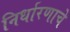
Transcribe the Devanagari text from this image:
निर्धारणाचे